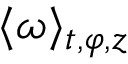
\langle \omega \rangle _ { t , \varphi , z }